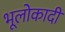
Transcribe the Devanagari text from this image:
भूलोकादी